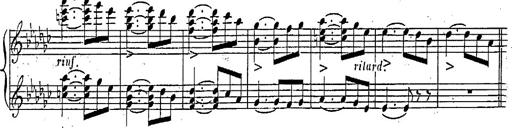
Title: Marche et Cavatine de Lucie de Lammermoor, S.398
Composer: Franz Liszt